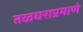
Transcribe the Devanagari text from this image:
तळघराप्रमाणे